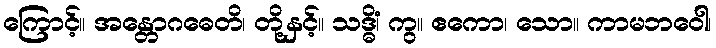
ကြောင့်။ အန္တောဂဓေတိ၊ တို့နှင့်။ သဒ္ဓိံ၊ ကွ။ ဧကော၊ သော။ ကာမဘဝေါ၊